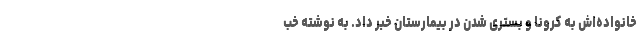
خانواده‌اش به کرونا و بستری شدن در بیمارستان خبر داد. به نوشته خب